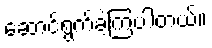
ဆောင်ရွက်ခဲ့ကြပါတယ်။